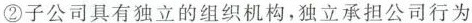
②子公司具有独立的组织机构，独立承担公司行为